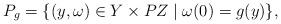
LaTeX: \begin{align*} P_{g}=\{(y,\omega)\in Y\times PZ\mid\omega(0)=g(y)\},\end{align*}